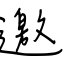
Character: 邀